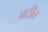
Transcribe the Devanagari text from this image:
घटीत